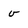
Character: v